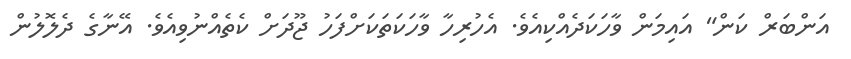
އަންބަރް ކަން" އައިމަން ވާހަކަދެއްކިއެވެ. އެހުރިހާ ވާހަކަތަކަށްފަހު ޖޫދަށް ކެތެއްނުވިއެވެ. އޭނާގެ ދެލޮލުން